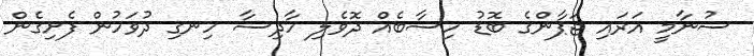
ސުނާމީ އަރައި ޖަޕާންގެ ބޮޑު ހިސާބެއް ދޮވެލި ހާދިސާ ހިނގި ދުވަހުން ފެށިގެން